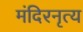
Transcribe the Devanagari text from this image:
मंदिरनृत्य